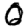
Digit: 0